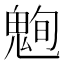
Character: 𮫞